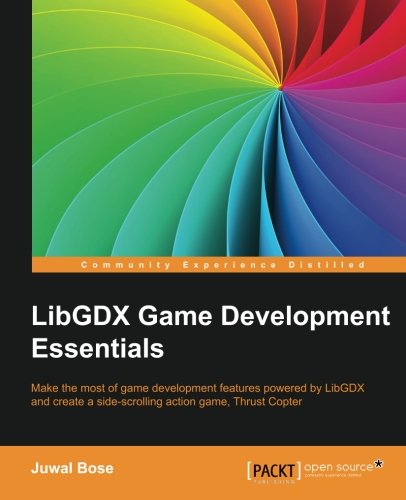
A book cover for LibGDX Game Development Essentials; Juwal Bose; Computers & Technology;